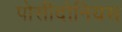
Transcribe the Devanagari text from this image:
पोसीदोनियस